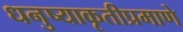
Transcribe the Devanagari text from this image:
धनुष्याकृतीप्रमाणे